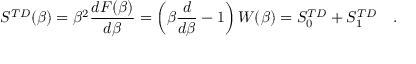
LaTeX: S ^ { T D } ( \beta ) = \beta ^ { 2 } { \frac { d F ( \beta ) } { d \beta } } = \left( \beta { \frac { d } { d \beta } } - 1 \right) W ( \beta ) = S _ { 0 } ^ { T D } + S _ { 1 } ^ { T D } ~ ~ ~ .